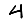
Digit: 4